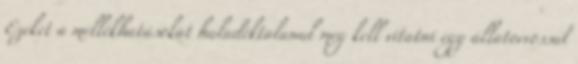
Ezeket a mellékhatásokat haladéktalanul meg kell vitatni egy állatorvossal